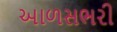
આળસભરી